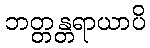
ဘတ္တန္တရာယာပိ